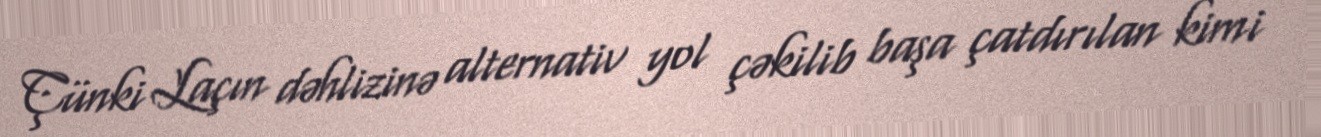
Çünki Laçın dəhlizinə alternativ yol çəkilib başa çatdırılan kimi